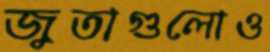
জুতাগুলোও